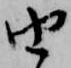
由